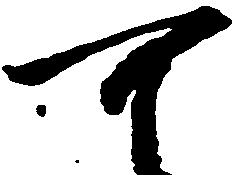
可